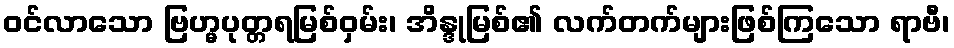
ဝင်လာသော ဗြဟ္မပုတ္တရမြစ်ဝှမ်း၊ အိန္ဒုမြစ်၏ လက်တက်များဖြစ်ကြသော ရာဗီ၊